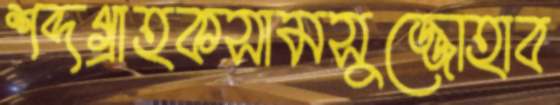
শব্দগ্রাহকসামসুজ্জোহাব